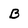
Character: B